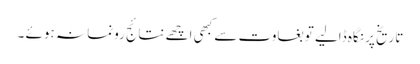
تاریخ پر نگاہ ڈالیے تو بغاوت سے کبھی اچھے نتائج رونما نہ ہوئے ۔